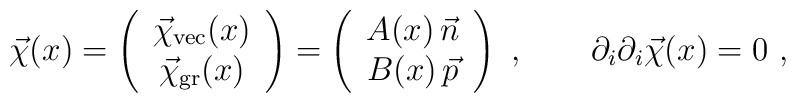
\vec{\chi}(x) = \left( \begin{array}{c} \vec{\chi}_{\rm vec} (x)\\\vec{\chi}_{\rm gr}(x)             \end{array} \right)	     = \left(\begin{array}{c} A(x) \, \vec{n}  \\ B(x) \, \vec{p}\end{array}\right)	    \ , \qquad \partial_i  \partial_i  \vec{\chi}(x) =0 \ ,